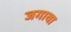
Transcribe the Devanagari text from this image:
जगावा